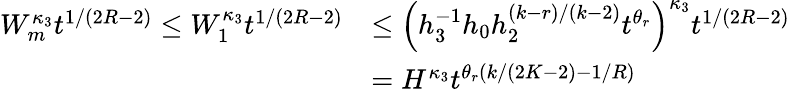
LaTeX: \begin{array}{rl}{W_{m}^{\kappa_{3}}t^{1/(2R-2)}\le W_{1}^{\kappa_{3}}t^{1/(2R-2)}}&{\le\left(h_{3}^{-1}h_{0}h_{2}^{(k-r)/(k-2)}t^{\theta_{r}}\right)^{\kappa_{3}}t^{1/(2R-2)}}\\ &{=H^{\kappa_{3}}t^{\theta_{r}(k/(2K-2)-1/R)}}\end{array}